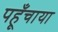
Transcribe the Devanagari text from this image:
पहूँचाया